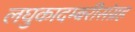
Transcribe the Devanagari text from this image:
लघुकादम्बरीसंग्रह